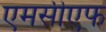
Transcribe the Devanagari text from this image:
एमसीएफ